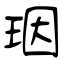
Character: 珚